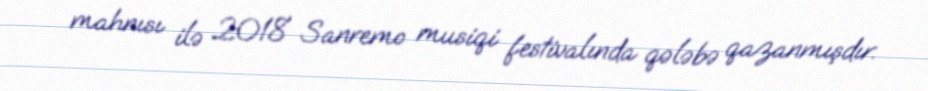
mahnısı ilə 2018 Sanremo musiqi festivalında qələbə qazanmışdır.